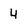
Character: 4